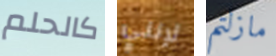
كالحلم لإنني مازلتم